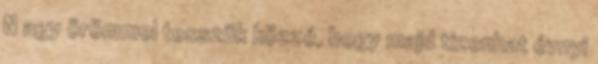
N agy örömmel tesszük közzé, hogy majd tizenhat évnyi